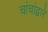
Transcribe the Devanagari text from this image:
चांचांद्वारे